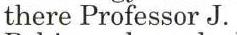
there Professor J.